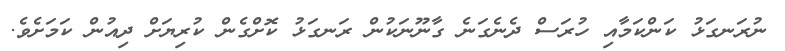
ނުރަނގަޅު ކަންކަމާއި ހުރަސް ދެނެގަނެ ގާނޫނަކުން ރަނގަޅު ކޮށްގެން ކުރިޔަށް ދިއުން ކަމަށެވެ.